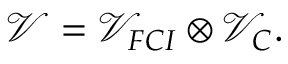
\mathcal { V } = \mathcal { V } _ { F C I } \otimes \mathcal { V } _ { C } .